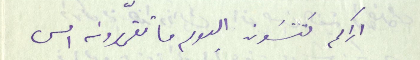
اراكم تَنسَون اليوم ما تقررونه امس